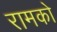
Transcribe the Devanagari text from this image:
रामको